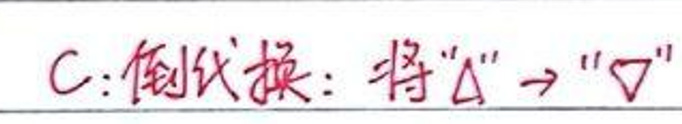
C: 倒换：将“\(\Delta\)”\(\rightarrow\)“\(\nabla\)”